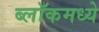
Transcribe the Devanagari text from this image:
ब्लॉकमध्‍ये